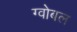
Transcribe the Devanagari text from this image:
ग्वोबल